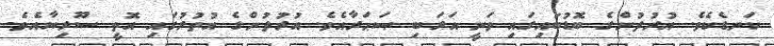
ކަނޑެކެވެ. އުރުދުންގެ ބޮޑުބައިގައި ވަނީ އަރަބި ޞަޙަރާއެވެ. އުރުދުންގެ އުތުރުގައި އޮތީ ސޫރިޔާއެވެ.